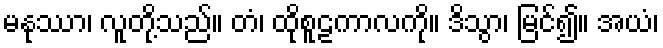
မနုဿာ၊ လူတို့သည်။ တံ၊ ထိုစူဠကာလကို။ ဒိသွာ၊ မြင်၍။ အယံ၊